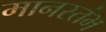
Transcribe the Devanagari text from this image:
मानस्तंभ